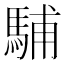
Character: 䮒